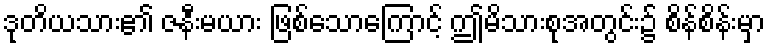
ဒုတိယသား၏ ဇနီးမယား ဖြစ်သောကြောင့် ဤမိသားစုအတွင်း၌ စိန်စိန်းမှာ